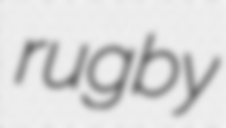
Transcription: rugby